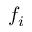
f _ { i }